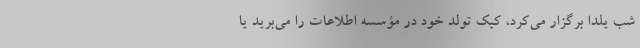
شب یلدا برگزار می‌کرد، کیک تولد خود در مؤسسه اطلاعات را می‌برید یا